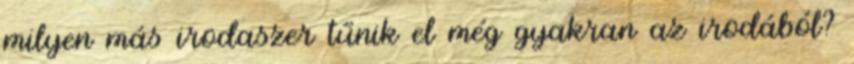
milyen más irodaszer tűnik el még gyakran az irodából?